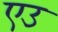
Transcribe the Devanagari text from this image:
एउ